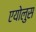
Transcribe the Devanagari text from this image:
एयोलुस